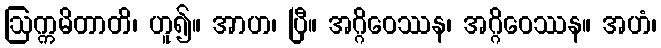
ဩက္ကမိတာတိ၊ ဟူ၍။ အာဟ၊ ပြီ။ အဂ္ဂိဝေဿန၊ အဂ္ဂိဝေဿန။ အဟံ၊